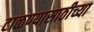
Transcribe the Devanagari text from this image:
टाळण्यासाठीच्या